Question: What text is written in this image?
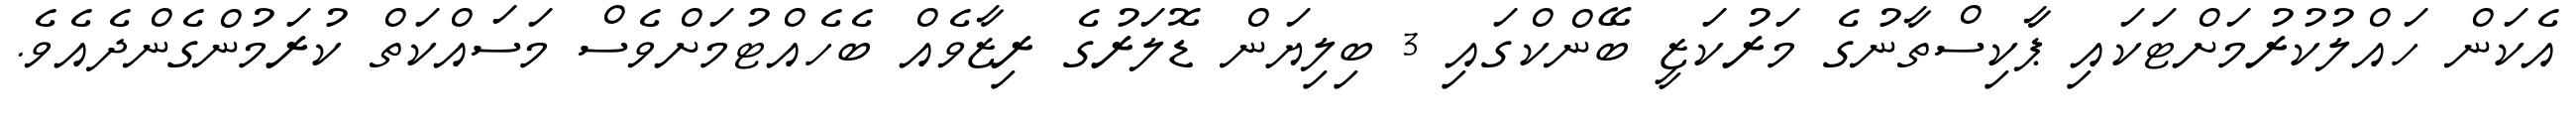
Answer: އެކަން ހައްލުކުރުމަށްޓަކައި ޕާކިސްތާނުގެ މަރުކަޒީ ބޭންކްގައި 3 ބިލިޔަން ޑޮލަރުގެ ރިޒާވެއް ބެހެއްޓުމަށްވެސް މަސައްކަތް ކުރަމުންގެންދެއެވެ.